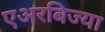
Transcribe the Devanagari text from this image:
एअरबिज्या